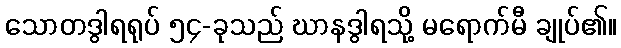
သောတဒွါရရုပ် ၅၄-ခုသည် ဃာနဒွါရသို့ မရောက်မီ ချုပ်၏။